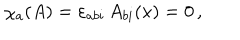
LaTeX: \chi _ { a } ( A ) = \varepsilon _ { a b i } \, A _ { b i } ( x ) = 0 \, ,